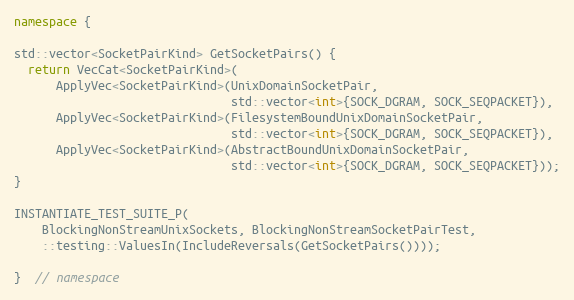
Language: C++
namespace {

std::vector<SocketPairKind> GetSocketPairs() {
  return VecCat<SocketPairKind>(
      ApplyVec<SocketPairKind>(UnixDomainSocketPair,
                               std::vector<int>{SOCK_DGRAM, SOCK_SEQPACKET}),
      ApplyVec<SocketPairKind>(FilesystemBoundUnixDomainSocketPair,
                               std::vector<int>{SOCK_DGRAM, SOCK_SEQPACKET}),
      ApplyVec<SocketPairKind>(AbstractBoundUnixDomainSocketPair,
                               std::vector<int>{SOCK_DGRAM, SOCK_SEQPACKET}));
}

INSTANTIATE_TEST_SUITE_P(
    BlockingNonStreamUnixSockets, BlockingNonStreamSocketPairTest,
    ::testing::ValuesIn(IncludeReversals(GetSocketPairs())));

}  // namespace